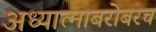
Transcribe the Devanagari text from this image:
अध्यात्माबरोबरच